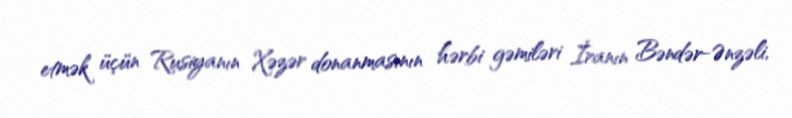
etmək üçün Rusiyanın Xəzər donanmasının hərbi gəmiləri İranın Bəndər-Ənzəli,